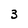
Character: 3